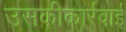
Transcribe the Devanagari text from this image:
उसकीकार्रवाई